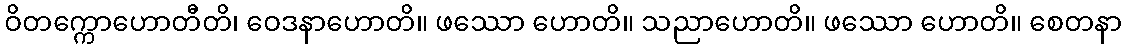
ဝိတက္ကောဟောတီတိ၊ ဝေဒနာဟောတိ။ ဖဿော ဟောတိ။ သညာဟောတိ။ ဖဿော ဟောတိ။ စေတနာ